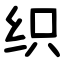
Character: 织